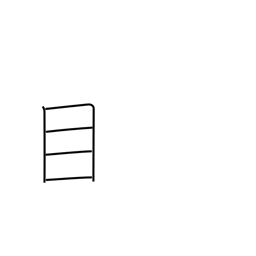
Meaning: care